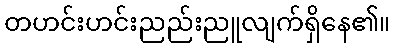
တဟင်းဟင်းညည်းညူလျက်ရှိနေ၏။